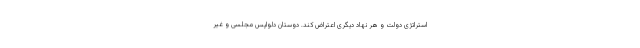
استراتژی دولت و هر نهاد دیگری اعتراض کند. دوستان دلواپس مجلسی و غیر